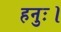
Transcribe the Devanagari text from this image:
हनुः।